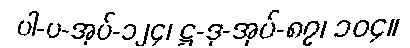
ပါ-ပ-အုပ်-၁၂၄၊ ဋ္ဌ-ဒု-အုပ်-၈၇၊ ၁၀၄။